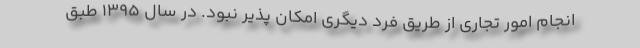
انجام امور تجاری از طریق فرد دیگری امکان پذیر نبود. در سال ۱۳۹۵ طبق